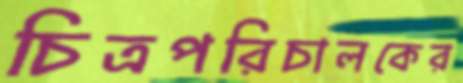
চিত্রপরিচালকের